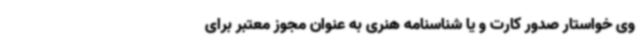
وی خواستار صدور کارت و یا شناسنامه هنری به عنوان مجوز معتبر برای